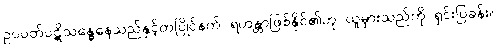
ဥပပတ်ပဋိသန္ဓေနေသည်နှင့်တပြိုင်နက် ရဟန္တာဖြစ်နိုင်၏ဟု ယူမှားသည်ကို ရှင်းပြခန်း။